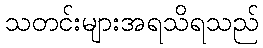
သတင်းများအရသိရသည်